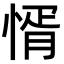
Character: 㥠